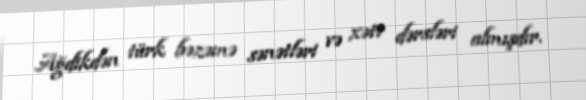
Ağdikdən türk bəzəmə sənətləri və xətt dərsləri almışdır.